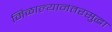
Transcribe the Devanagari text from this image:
मिळाल्यानंतरसुद्धा